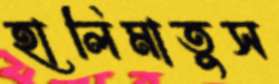
হালিমাতুস